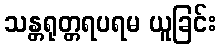
သန္တရုတ္တရပရမ ယူခြင်း